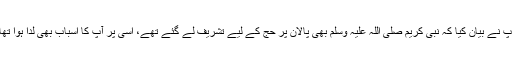
آپ نے بیان کیا کہ نبی کریم صلی اللہ علیہ وسلم بھی پالان پر حج کے لیے تشریف لے گئے تھے، اسی پر آپ کا اسباب بھی لدا ہوا تھا۔